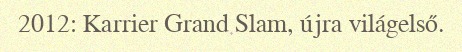
2012: Karrier Grand Slam, újra világelső.